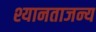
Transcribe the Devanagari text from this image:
श्यानताजन्य